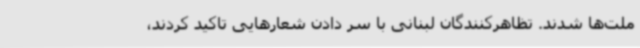
ملت‌ها شدند. تظاهرکنندگان لبنانی با سر دادن شعارهایی تاکید کردند،